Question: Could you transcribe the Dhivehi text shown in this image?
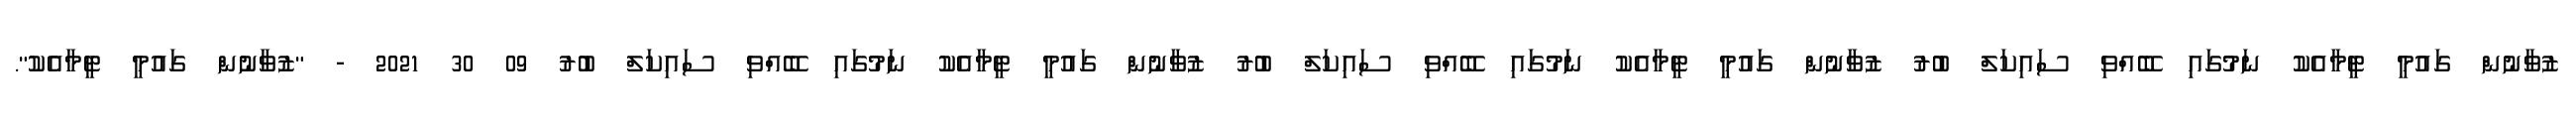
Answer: ޒުވާނުން ގައުމީ ޓީމާއެކު ނަމުގައި ބޭއްވި ސައިކަލް ބުރު ޒުވާނުން ގައުމީ ޓީމާއެކު ނަމުގައި ބޭއްވި ސައިކަލް ބުރު ޒުވާނުން ގައުމީ ޓީމާއެކު ނަމުގައި ބޭއްވި ސައިކަލް ބުރު 09 30 2021 - "ޒުވާނުން ގައުމީ ޓީމާއެކު".